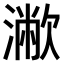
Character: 𣿁